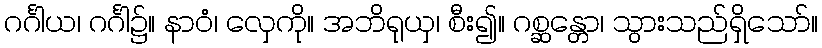
ဂင်္ဂါယ၊ ဂင်္ဂါ၌။ နာဝံ၊ လှေကို။ အဘိရုယှ၊ စီး၍။ ဂစ္ဆန္တော၊ သွားသည်ရှိသော်။